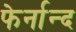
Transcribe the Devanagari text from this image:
फेर्नान्द